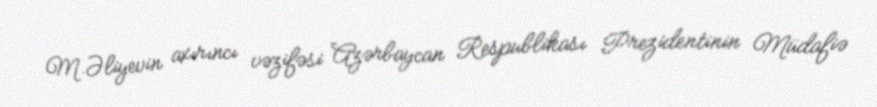
M.Əliyevin axırıncı vəzifəsi Azərbaycan Respublikası Prezidentinin Müdafiə